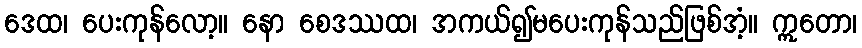
ဒေထ၊ ပေးကုန်လော့။ နော စေဒဿထ၊ အကယ်၍မပေးကုန်သည်ဖြစ်အံ့။ ဣတော၊